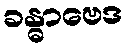
ခန္ဓာဗေဒ